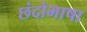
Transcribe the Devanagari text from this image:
छंदोभाषा